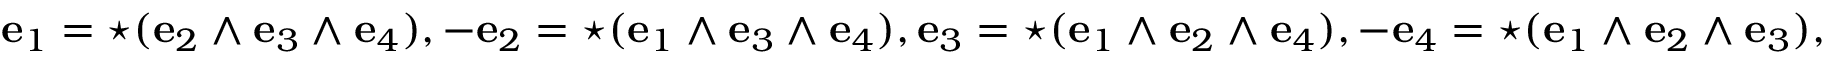
\mathbf { e } _ { 1 } = { \star } ( \mathbf { e } _ { 2 } \wedge \mathbf { e } _ { 3 } \wedge \mathbf { e } _ { 4 } ) , - \mathbf { e } _ { 2 } = { \star } ( \mathbf { e } _ { 1 } \wedge \mathbf { e } _ { 3 } \wedge \mathbf { e } _ { 4 } ) , \mathbf { e } _ { 3 } = { \star } ( \mathbf { e } _ { 1 } \wedge \mathbf { e } _ { 2 } \wedge \mathbf { e } _ { 4 } ) , - \mathbf { e } _ { 4 } = { \star } ( \mathbf { e } _ { 1 } \wedge \mathbf { e } _ { 2 } \wedge \mathbf { e } _ { 3 } ) ,